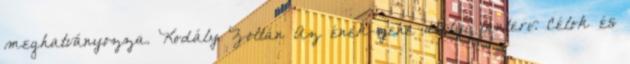
meghatványozza. Kodály Zoltán Az ének-zene Helyi tanterv. Célok és